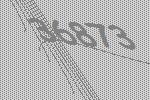
36873